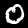
Digit: 0